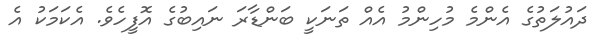
ދައުލަތުގެ އެންމެ މުހިންމު އެއް ތަނަކީ ބަންޑާރަ ނައިބުގެ އޮފީހެވެ. އެކަމަކު އެ